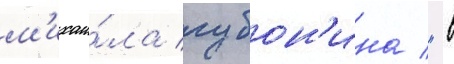
м'ихаи́ла губон'ина / "в